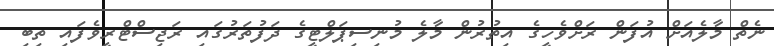
ނެތް މާލެއަށް އުފަން ރަށްވެހީގެ އިތުރުން މާލެ މުނިސިޕަލްޓީގެ ދަފުތަރުގައި ރަޖިސްޓްރީވެފައި ތިބި